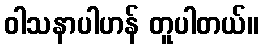
ဝါသနာပါဟန် တူပါတယ်။